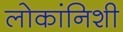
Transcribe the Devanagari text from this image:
लोकांनिशी